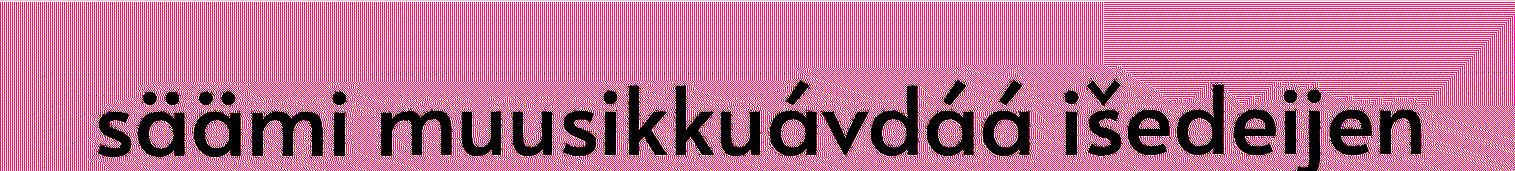
säämi muusikkuávdáá išedeijen